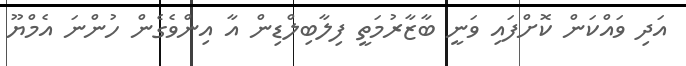
އަދި ވައްކަން ކޮށްފައި ވަނީ ބާޒާރުމަތީ ފިލާބިލްޑިން އާ އިންވެގެން ހުންނަ އެމްޔޫ